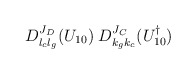
\begin{align*}D^{J_D}_{l_cl_g}(U_{10})\;D^{J_C}_{k_gk_c}(U_{10}^\dagger)\end{align*}